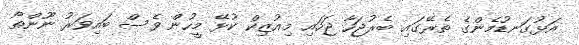
އަޅުގަނޑުމެންގެ ތެރޭގައި ބެރުޖަހާ ޖަހައި މިއުޒިކް ކުޅޭ މީހުން ވެސް ބައިވަރު ނޫންތޯ